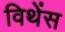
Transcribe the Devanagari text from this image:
विथेंस